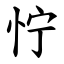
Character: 㤖